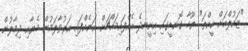
"ޒައުލްއަށް ކީއްތަ" ޔޫހާ ގޮނޑީގައި އިށީނދެ އެއްފައިމައްޗަށް އަނެއްފައި އަރުވާލަމުން މެޔާއި ދިމާލުން